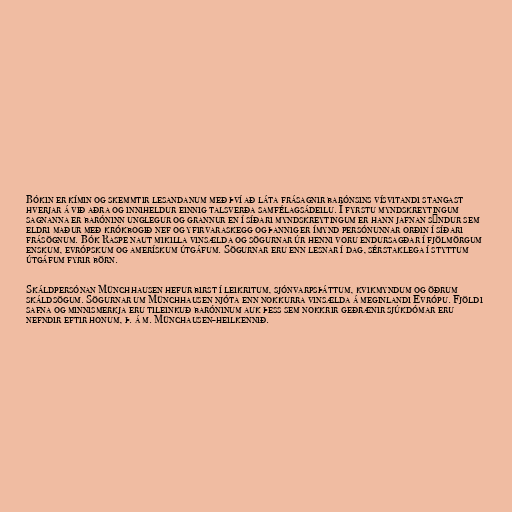
Bókin er kímin og skemmtir lesandanum með því að láta frásagnir barónsins vísvitandi stangast
hverjar á við aðra og inniheldur einnig talsverða samfélagsádeilu. Í fyrstu myndskreytingum
sagnanna er baróninn unglegur og grannur en í síðari myndskreytingum er hann jafnan sýndur sem
eldri maður með krókbogið nef og yfirvaraskegg og þannig er ímynd persónunnar orðin í síðari
frásögnum. Bók Raspe naut mikilla vinsælda og sögurnar úr henni voru endursagðar í fjölmörgum
enskum, evrópskum og amerískum útgáfum. Sögurnar eru enn lesnar í dag, sérstaklega í styttum
útgáfum fyrir börn.

Skáldpersónan Münchhausen hefur birst í leikritum, sjónvarpsþáttum, kvikmyndum og öðrum
skáldsögum. Sögurnar um Münchhausen njóta enn nokkurra vinsælda á meginlandi Evrópu. Fjöldi
safna og minnismerkja eru tileinkuð baróninum auk þess sem nokkrir geðrænir sjúkdómar eru
nefndir eftir honum, þ. á m. Münchausen-heilkennið.